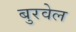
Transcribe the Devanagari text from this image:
बुरवेल